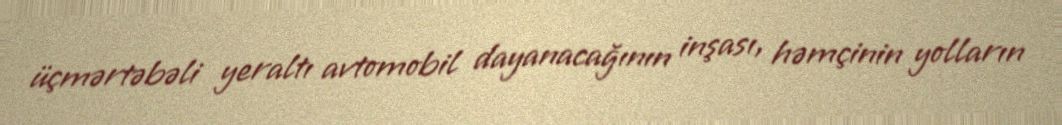
üçmərtəbəli yeraltı avtomobil dayanacağının inşası, həmçinin yolların